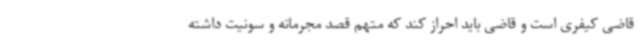
قاضی کیفری است و قاضی باید احراز کند که متهم قصد مجرمانه و سونیت داشته